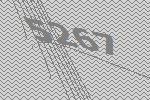
5267